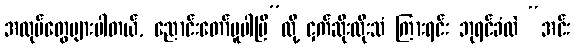
အလုပ်တွေများပါတယ်, ညောင်းတော်မူပါပြီ”လို့ ငှက်ဆိုးထိုးသံ ကြားရင်း ဘုရင်ခံလဲ “အင်း